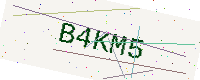
Text: B4KM5